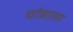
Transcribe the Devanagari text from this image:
चांद्याला